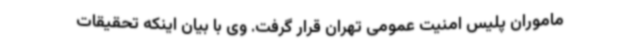
ماموران پلیس امنیت عمومی تهران قرار گرفت. وی با بیان اینکه تحقیقات